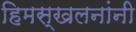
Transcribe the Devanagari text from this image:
हिमस्खलनांनी